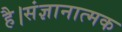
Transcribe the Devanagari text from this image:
है।संज्ञानात्मक